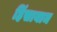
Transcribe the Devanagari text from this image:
हिंसायाम